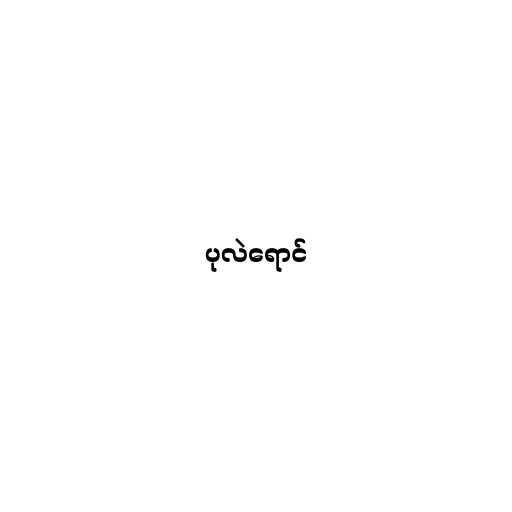
ပုလဲရောင်